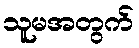
သူမအတွက်